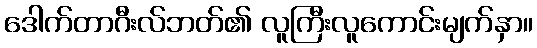
ဒေါက်တာဂီးလ်ဘတ်၏ လူကြီးလူကောင်းမျက်နှာ။